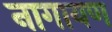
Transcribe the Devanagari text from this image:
नागायण